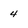
Character: 4